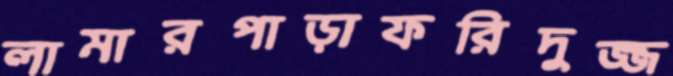
লামারপাড়াফরিদুজ্জ